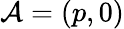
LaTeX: \mathcal{A}=(p,0)